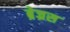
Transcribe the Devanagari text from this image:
ब्रेज्रस